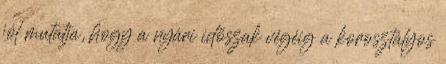
jól mutatja, hogy a nyári időszak végéig a korosztályos